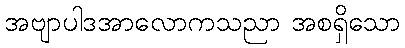
အဗျာပါဒအာလောကသညာ အစရှိသော